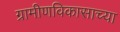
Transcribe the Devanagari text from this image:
ग्रामीणविकासाच्या